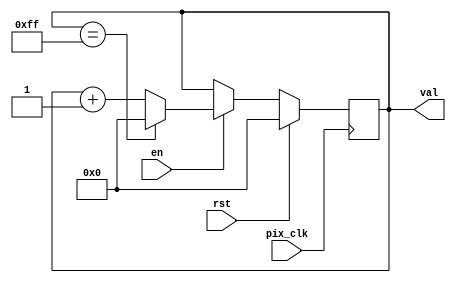

module sync_counter
#(parameter
    integer STOP = 255
)(
    input wire pix_clk,
    input wire rst,
    input wire en,

    output reg [11 : 0] val
);

    always @( posedge pix_clk )
    begin
        if (rst)
            val <= 0;
        else if (en)
        begin
            if (val == STOP)
                val <= 0;
            else
                val <= val + 1;
        end
        else
            val <= val;
    end

endmodule // sync_counter